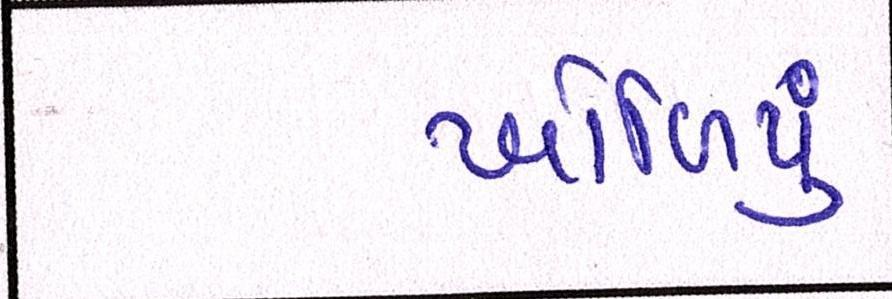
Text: ખોળિયું